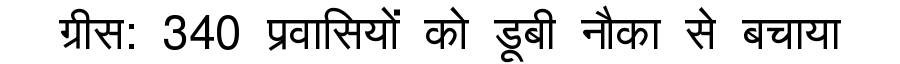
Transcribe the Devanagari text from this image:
ग्रीस: 340 प्रवासियों को डूबी नौका से बचाया